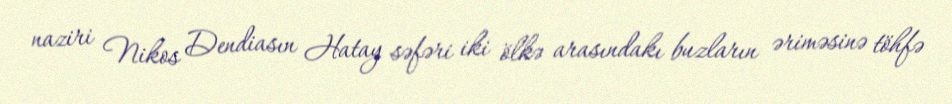
naziri Nikos Dendiasın Hatay səfəri iki ölkə arasındakı buzların əriməsinə töhfə